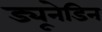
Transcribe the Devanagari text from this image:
ड्यूनेडिन